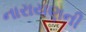
નારાયણની